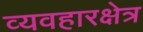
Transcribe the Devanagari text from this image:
व्यवहारक्षेत्र